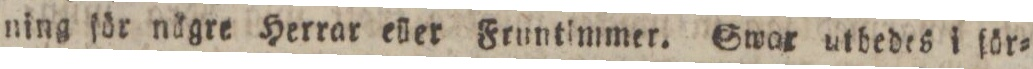
ning för nägre Herrar eller Fruntimmer. Swar utbedes i för=